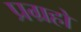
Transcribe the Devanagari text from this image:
प्रग्रहो